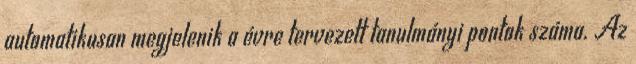
automatikusan megjelenik a évre tervezett tanulmányi pontok száma. Az